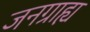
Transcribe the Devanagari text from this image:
जनग्राह्य